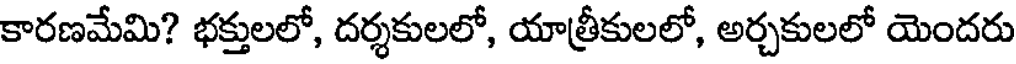
కారణమేమి? భక్తులలో, దర్శకులలో, యాత్రీకులలో, అర్చకులలో యెందరు